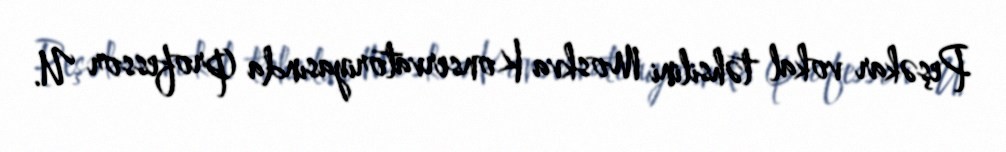
Peşəkar vokal təhsilini Moskva Konservatoriyasında (professor U.